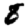
Digit: 8